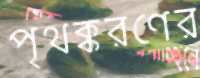
পৃথক্করণের